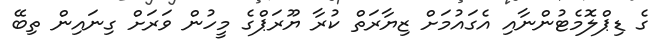
ގެ ޑިޕްލޮމެޓުންނާއި އެގައުމަށް ޒިޔާރަތް ކުރާ ޔޫރަޕްގެ މީހުން ވަރަށް ގިނައިން ތިބޭ